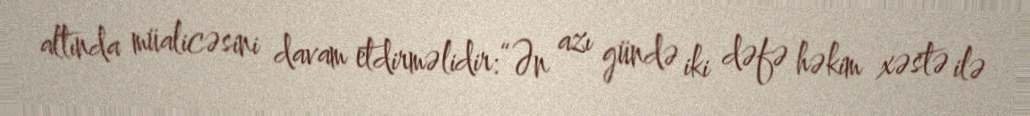
altında müalicəsini davam etdirməlidir:“Ən azı gündə iki dəfə həkim xəstə ilə